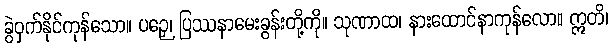
ခွဲဝှက်နိုင်ကုန်သော။ ပဉှေ၊ ပြဿနာမေးခွန်းတို့ကို။ သုဏာထ၊ နားထောင်နာကုန်လော။ ဣတိ၊